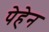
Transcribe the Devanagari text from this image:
पेहेन